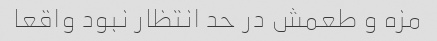
مزه و طعمش در حد انتظار نبود واقعا